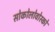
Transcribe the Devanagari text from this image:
सोकोलोवोस्को